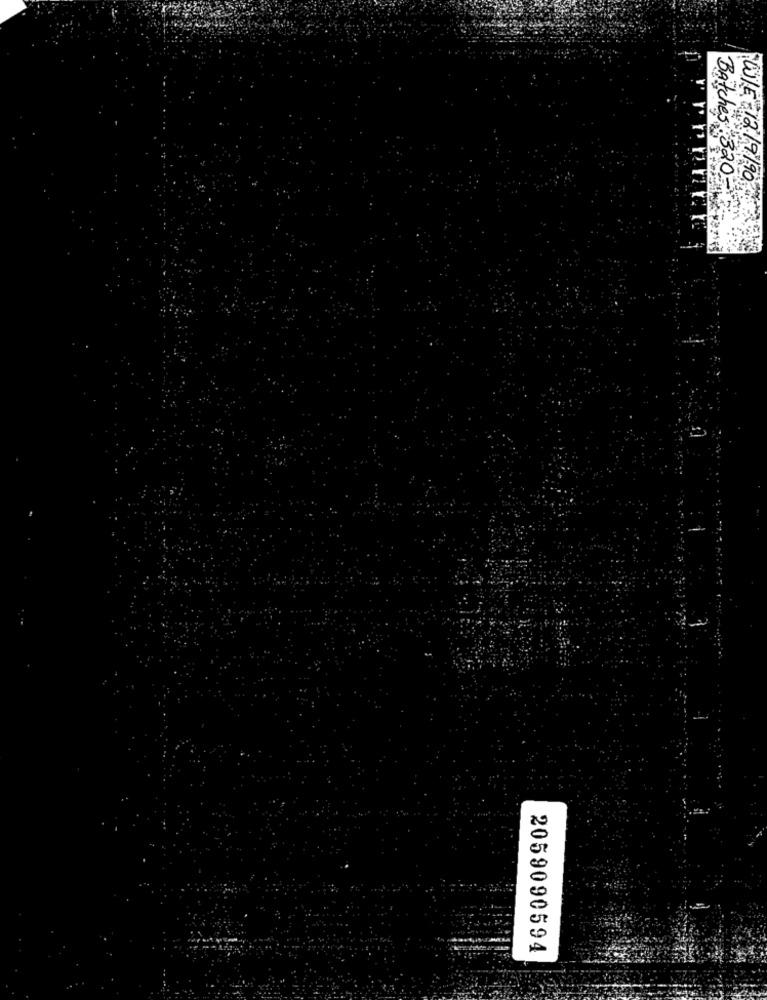
Batches
WIE-1219/90
2059090594